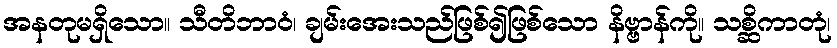
အနတုမရှိသော။ သီတိဘာဝံ၊ ချမ်းအေးသည်ဖြစ်၍ဖြစ်သော နိဗ္ဗာန်ကို။ သစ္ဆိကာတုံ၊